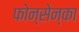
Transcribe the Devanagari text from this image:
फोन्सेन्का